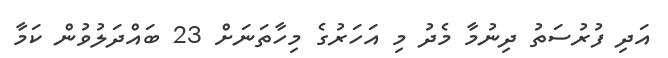
އަދި ފުރުސަތު ދިނުމާ މެދު މި އަހަރުގެ މިހާތަނަށް 23 ބައްދަލުވުން ކަމާ